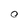
Character: O